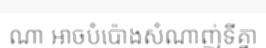
ណា អាចបំប៉ោងសំណាញ់ទីគ្នា